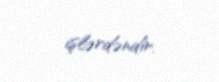
işlərdəndir.